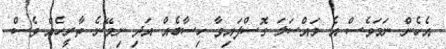
އެހެން ނަމަވެސް އެ މައްސަލަ ގޮސްފައިވާ ހިސާބެއް އަދި ނިމޭނެ ތާރީހެއް ވެސް